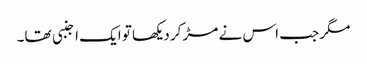
مگر جب اس نے مڑ کر دیکھا تو ایک اجنبی تھا۔